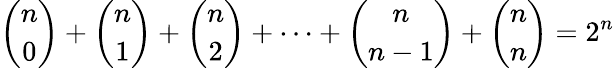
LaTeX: {\binom{n}{0}}+{\binom{n}{1}}+{\binom{n}{2}}+\cdots+{\binom{n}{n-1}}+{\binom{n}{n}}=2^{n}